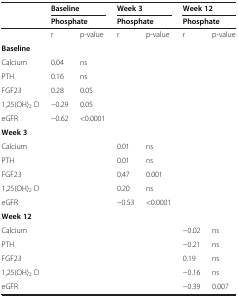
<table><thead><tr><td><b> </b></td><td colspan="2"><b>Baseline</b></td><td colspan="2"><b>Week 3</b></td><td colspan="2"><b>Week 12</b></td></tr><tr><td><b> </b></td><td colspan="2"><b>Phosphate</b></td><td colspan="2"><b>Phosphate</b></td><td colspan="2"><b>Phosphate</b></td></tr></thead><tbody><tr><td> </td><td>r</td><td>p-value</td><td>r</td><td>p-value</td><td>r</td><td>p-value</td></tr><tr><td><b>Baseline</b></td><td colspan="2"> </td><td rowspan="6" colspan="2"> </td><td rowspan="6" colspan="2"> </td></tr><tr><td>Calcium</td><td>0.04</td><td>ns</td></tr><tr><td>PTH</td><td>0.16</td><td>ns</td></tr><tr><td>FGF23</td><td>0.28</td><td>0.05</td></tr><tr><td>1,25(OH)<sub>2</sub> D</td><td>−0.29</td><td>0.05</td></tr><tr><td>eGFR</td><td>−0.62</td><td>&lt;0.0001</td></tr><tr><td><b>Week 3</b></td><td rowspan="6" colspan="2"> </td><td colspan="2"> </td><td rowspan="6" colspan="2"> </td></tr><tr><td>Calcium</td><td>0.01</td><td>ns</td></tr><tr><td>PTH</td><td>0.01</td><td>ns</td></tr><tr><td>FGF23</td><td>0.47</td><td>0.001</td></tr><tr><td>1,25(OH)<sub>2</sub> D</td><td>0.20</td><td>ns</td></tr><tr><td>eGFR</td><td>−0.53</td><td>&lt;0.0001</td></tr><tr><td><b>Week 12</b></td><td rowspan="6" colspan="2"> </td><td rowspan="6" colspan="2"> </td><td colspan="2"> </td></tr><tr><td>Calcium</td><td>−0.02</td><td>ns</td></tr><tr><td>PTH</td><td>−0.21</td><td>ns</td></tr><tr><td>FGF23</td><td>0.19</td><td>ns</td></tr><tr><td>1,25(OH)<sub>2</sub> D</td><td>−0.16</td><td>ns</td></tr><tr><td>eGFR</td><td>−0.39</td><td>0.007</td></tr></tbody></table>